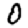
Digit: 0